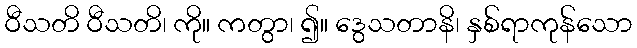
ဝီသတိ ဝီသတိ၊ ကို။ ကတွာ၊ ၍။ ဒွေသတာနိ၊ နှစ်ရာကုန်သော